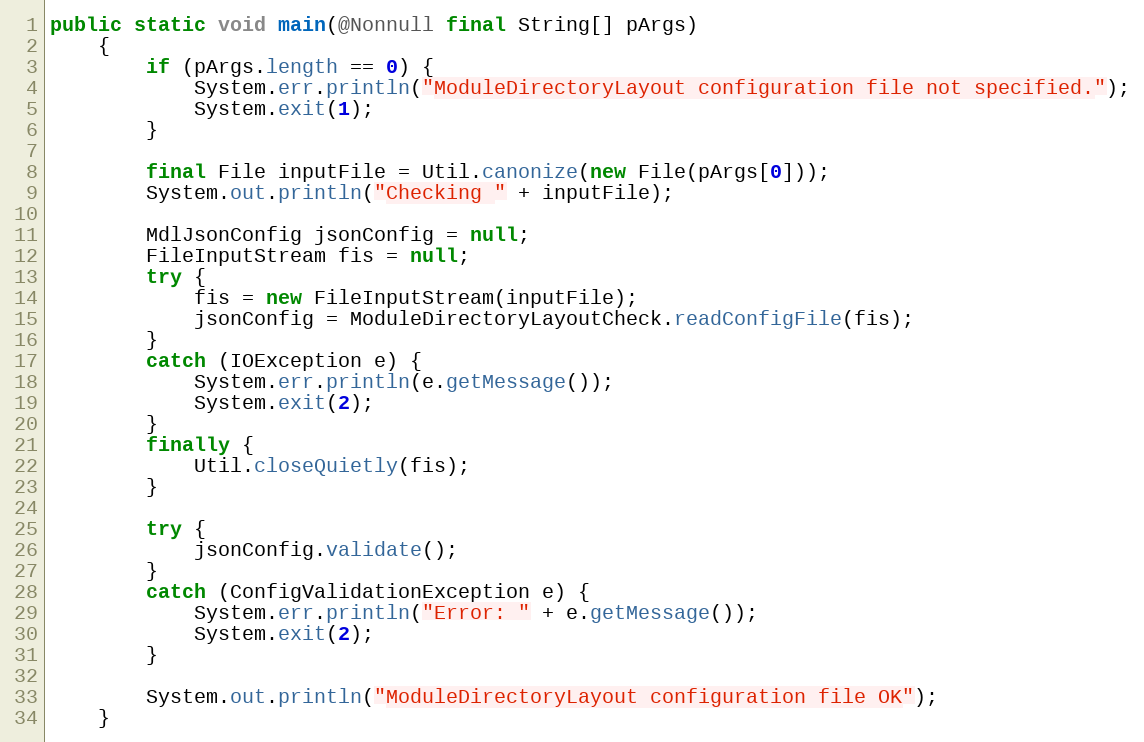
Language: Java
public static void main(@Nonnull final String[] pArgs)
    {
        if (pArgs.length == 0) {
            System.err.println("ModuleDirectoryLayout configuration file not specified.");
            System.exit(1);
        }

        final File inputFile = Util.canonize(new File(pArgs[0]));
        System.out.println("Checking " + inputFile);

        MdlJsonConfig jsonConfig = null;
        FileInputStream fis = null;
        try {
            fis = new FileInputStream(inputFile);
            jsonConfig = ModuleDirectoryLayoutCheck.readConfigFile(fis);
        }
        catch (IOException e) {
            System.err.println(e.getMessage());
            System.exit(2);
        }
        finally {
            Util.closeQuietly(fis);
        }

        try {
            jsonConfig.validate();
        }
        catch (ConfigValidationException e) {
            System.err.println("Error: " + e.getMessage());
            System.exit(2);
        }

        System.out.println("ModuleDirectoryLayout configuration file OK");
    }